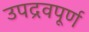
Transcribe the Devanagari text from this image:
उपद्रवपूर्ण